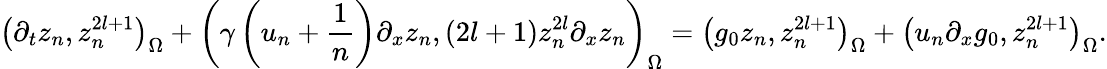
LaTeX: \left(\partial_{t}z_{n},z_{n}^{2l+1}\right)_{\Omega}+\left(\gamma\left(u_{n}+\frac{1}{n}\right)\partial_{x}z_{n},(2l+1)z_{n}^{2l}\partial_{x}z_{n}\right)_{\Omega}=\left(g_{0}z_{n},z_{n}^{2l+1}\right)_{\Omega}+\left(u_{n}\partial_{x}g_{0},z_{n}^{2l+1}\right)_{\Omega}.